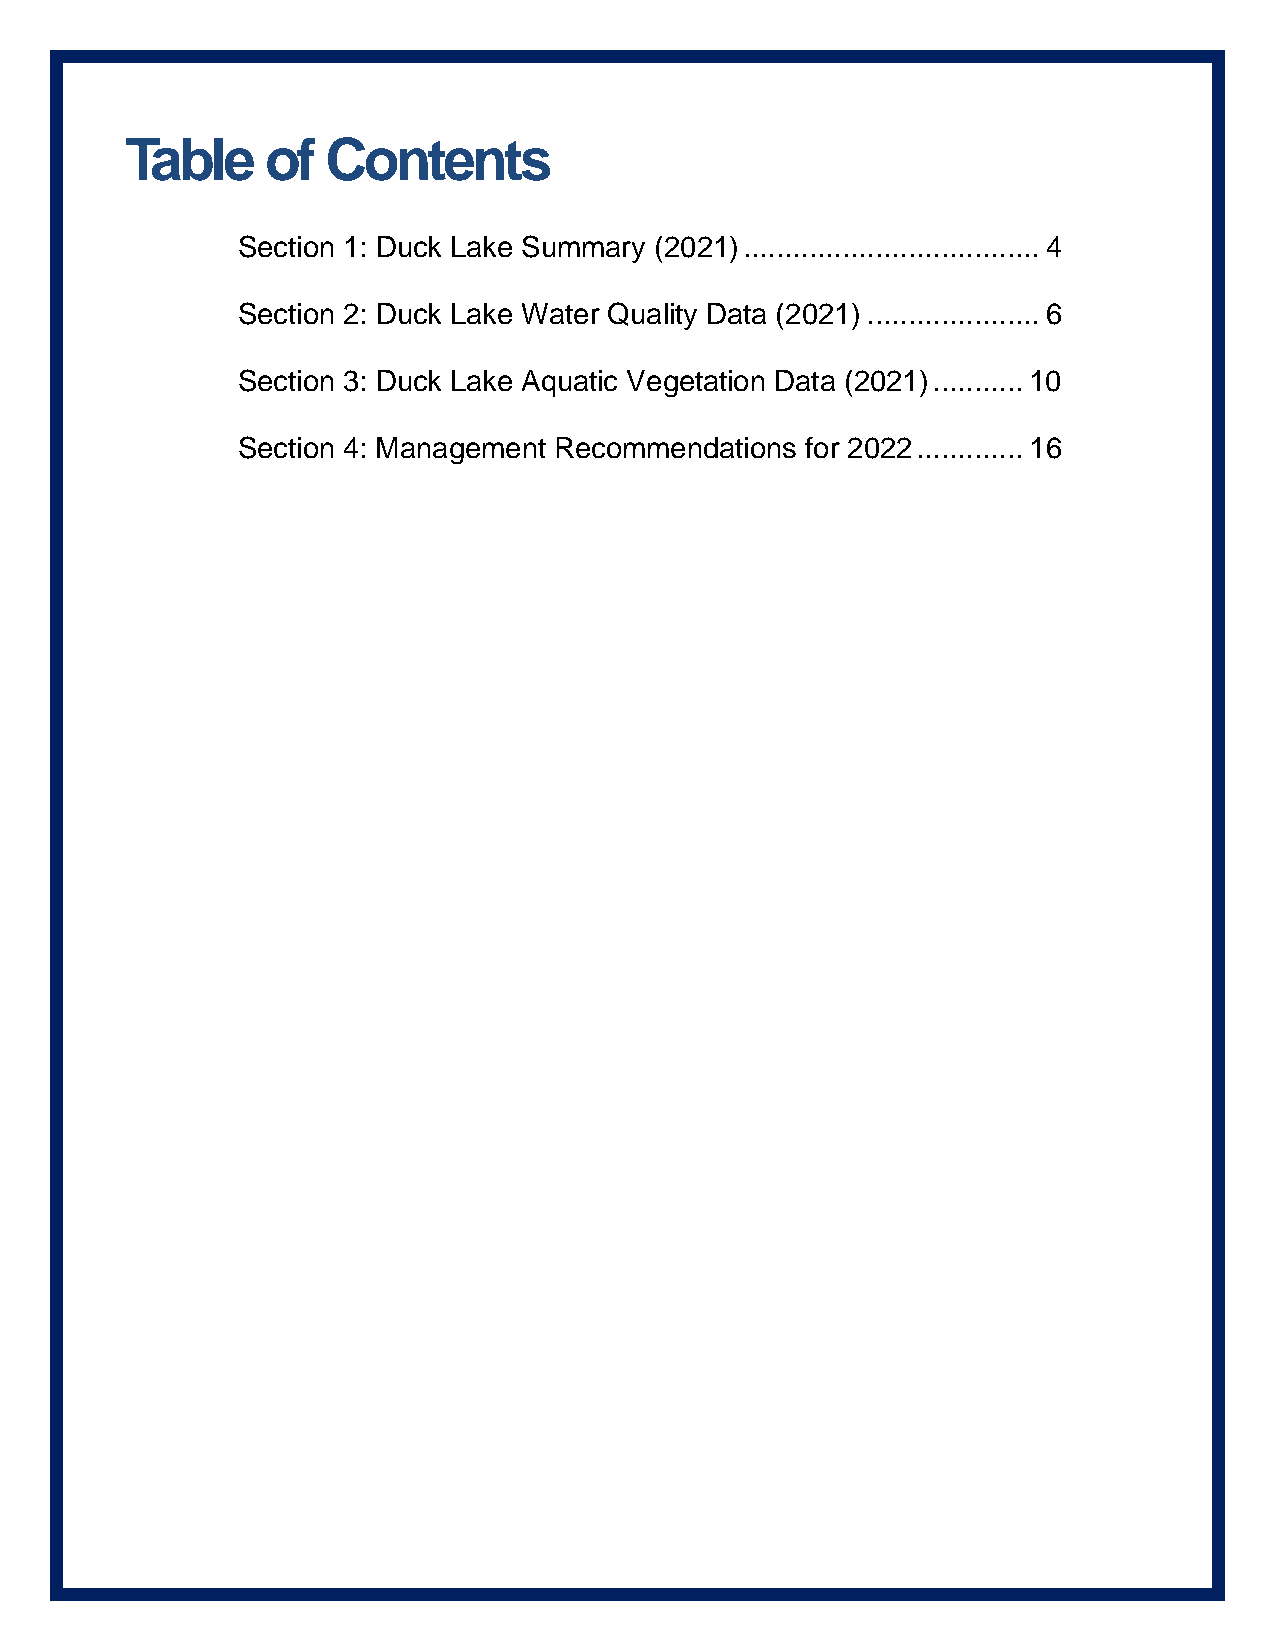
Table     of  Contents
 Section 1: Duck Lake Summary (2021) .................................... 4
 Section 2: Duck Lake Water Quality Data (2021) ..................... 6
 Section 3: Duck Lake Aquatic Vegetation Data (2021) ........... 10
 Section 4: Management Recommendations for 2022 ............. 16